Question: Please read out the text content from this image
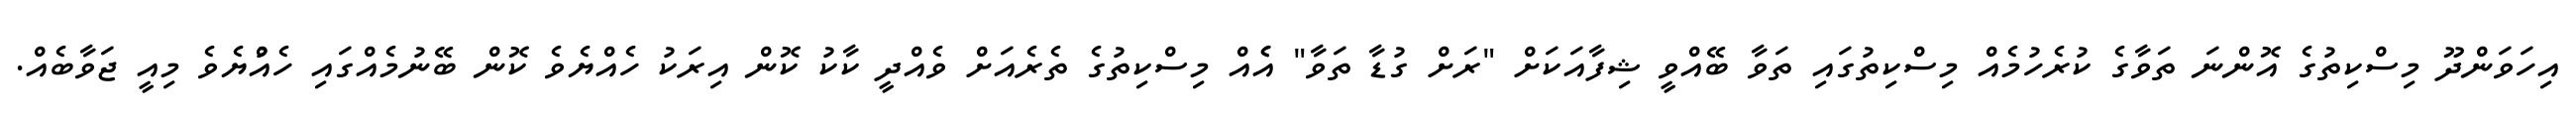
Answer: އިހަވަންދޫ މިސްކިތުގެ އޮންނަ ތަވާގެ ކުރެހުމެއް މިސްކިތުގައި ތަވާ ބޭއްވީ ޝިފާއަކަށް "ރަށް ގުޑާ ތަވާ" އެެއް މިސްކިތުގެ ތެރެއަށް ވެއްދީ ކާކު ކޮން އިރަކު ހެއްޔެވެ ކޮން ބޭނުމެއްގައި ހެއްުޔެވެ މިއީ ޖަވާބެއް.